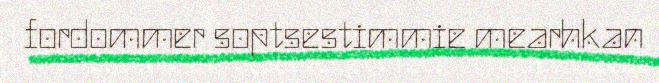
fordommer soptsestimmie mearhkan